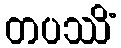
တပဿိံ